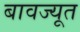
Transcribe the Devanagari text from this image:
बावज्यूत